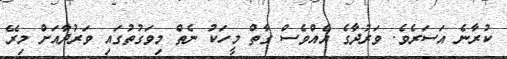
ކުރާނެ އަސަރެވެ. ވަރުދާގެ އެއްވެސް ގާތް މީހަކު ނެތް މިވަގުތުގައި ވަރުދާއަށް މިރޭ